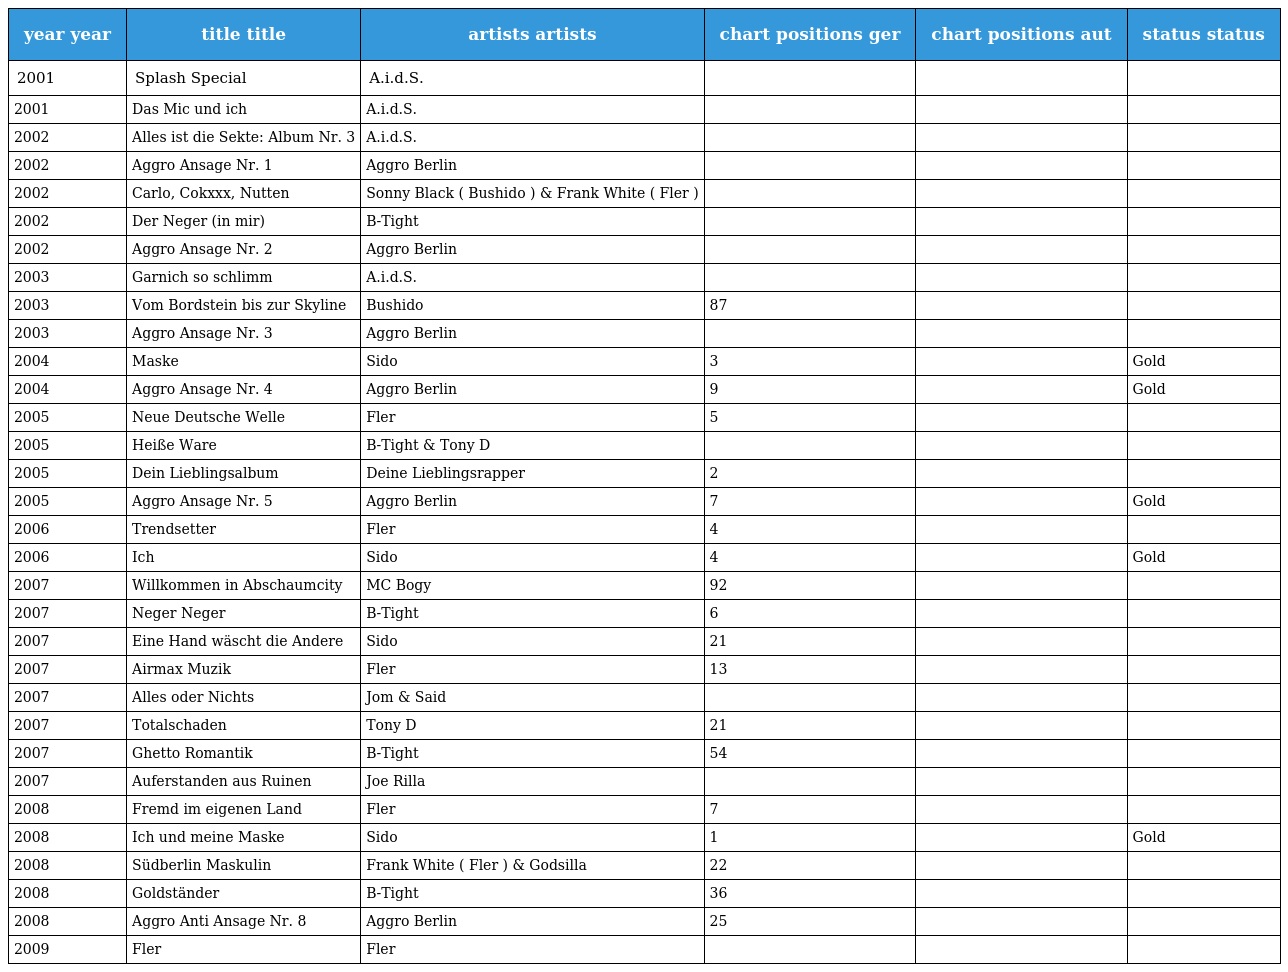
| year year | title title | artists artists | chart positions ger | chart positions aut | status status |
 | --- | --- | --- | --- | --- | --- |
 | 2001 | Splash Special | A.i.d.S. |  |  |  |
 | 2001 | Das Mic und ich | A.i.d.S. |  |  |  |
 | 2002 | Alles ist die Sekte: Album Nr. 3 | A.i.d.S. |  |  |  |
 | 2002 | Aggro Ansage Nr. 1 | Aggro Berlin |  |  |  |
 | 2002 | Carlo, Cokxxx, Nutten | Sonny Black ( Bushido ) & Frank White ( Fler ) |  |  |  |
 | 2002 | Der Neger (in mir) | B-Tight |  |  |  |
 | 2002 | Aggro Ansage Nr. 2 | Aggro Berlin |  |  |  |
 | 2003 | Garnich so schlimm | A.i.d.S. |  |  |  |
 | 2003 | Vom Bordstein bis zur Skyline | Bushido | 87 |  |  |
 | 2003 | Aggro Ansage Nr. 3 | Aggro Berlin |  |  |  |
 | 2004 | Maske | Sido | 3 |  | Gold |
 | 2004 | Aggro Ansage Nr. 4 | Aggro Berlin | 9 |  | Gold |
 | 2005 | Neue Deutsche Welle | Fler | 5 |  |  |
 | 2005 | Heiße Ware | B-Tight & Tony D |  |  |  |
 | 2005 | Dein Lieblingsalbum | Deine Lieblingsrapper | 2 |  |  |
 | 2005 | Aggro Ansage Nr. 5 | Aggro Berlin | 7 |  | Gold |
 | 2006 | Trendsetter | Fler | 4 |  |  |
 | 2006 | Ich | Sido | 4 |  | Gold |
 | 2007 | Willkommen in Abschaumcity | MC Bogy | 92 |  |  |
 | 2007 | Neger Neger | B-Tight | 6 |  |  |
 | 2007 | Eine Hand wäscht die Andere | Sido | 21 |  |  |
 | 2007 | Airmax Muzik | Fler | 13 |  |  |
 | 2007 | Alles oder Nichts | Jom & Said |  |  |  |
 | 2007 | Totalschaden | Tony D | 21 |  |  |
 | 2007 | Ghetto Romantik | B-Tight | 54 |  |  |
 | 2007 | Auferstanden aus Ruinen | Joe Rilla |  |  |  |
 | 2008 | Fremd im eigenen Land | Fler | 7 |  |  |
 | 2008 | Ich und meine Maske | Sido | 1 |  | Gold |
 | 2008 | Südberlin Maskulin | Frank White ( Fler ) & Godsilla | 22 |  |  |
 | 2008 | Goldständer | B-Tight | 36 |  |  |
 | 2008 | Aggro Anti Ansage Nr. 8 | Aggro Berlin | 25 |  |  |
 | 2009 | Fler | Fler |  |  |  |